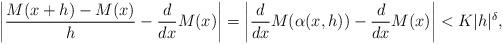
LaTeX: \begin{align*}\left|\frac{M(x+h)-M(x)}{h}-\frac{d }{d x}M(x) \right| = \left|\frac{d }{d x}M(\alpha(x,h)) -\frac{d }{d x}M(x) \right|<K|h|^\delta,\end{align*}